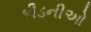
કીડનીઓ